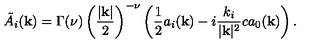
\tilde { A } _ { i } ( { \bf k } ) = \Gamma ( \nu ) \left( { \frac { | { \bf k } | } { 2 } } \right) ^ { - \nu } \left( { \frac { 1 } { 2 } } a _ { i } ( { \bf k } ) - i { \frac { k _ { i } } { | { \bf k } | ^ { 2 } } } c a _ { 0 } ( { \bf k } ) \right) .